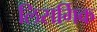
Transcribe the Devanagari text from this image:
लिसर्गिक